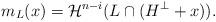
LaTeX: \begin{align*}m_{L}(x) = {\mathcal{H}}^{n-i}(L\cap (H^\perp+x)).\end{align*}